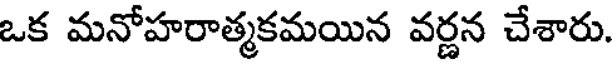
ఒక మనోహరాత్మకమయిన వర్ణన చేశారు.